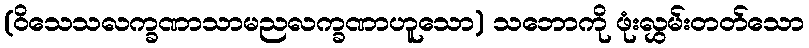
(ဝိသေသလက္ခဏာသာမညလက္ခဏာဟူသော) သဘောကို ဖုံးလွှမ်းတတ်သော